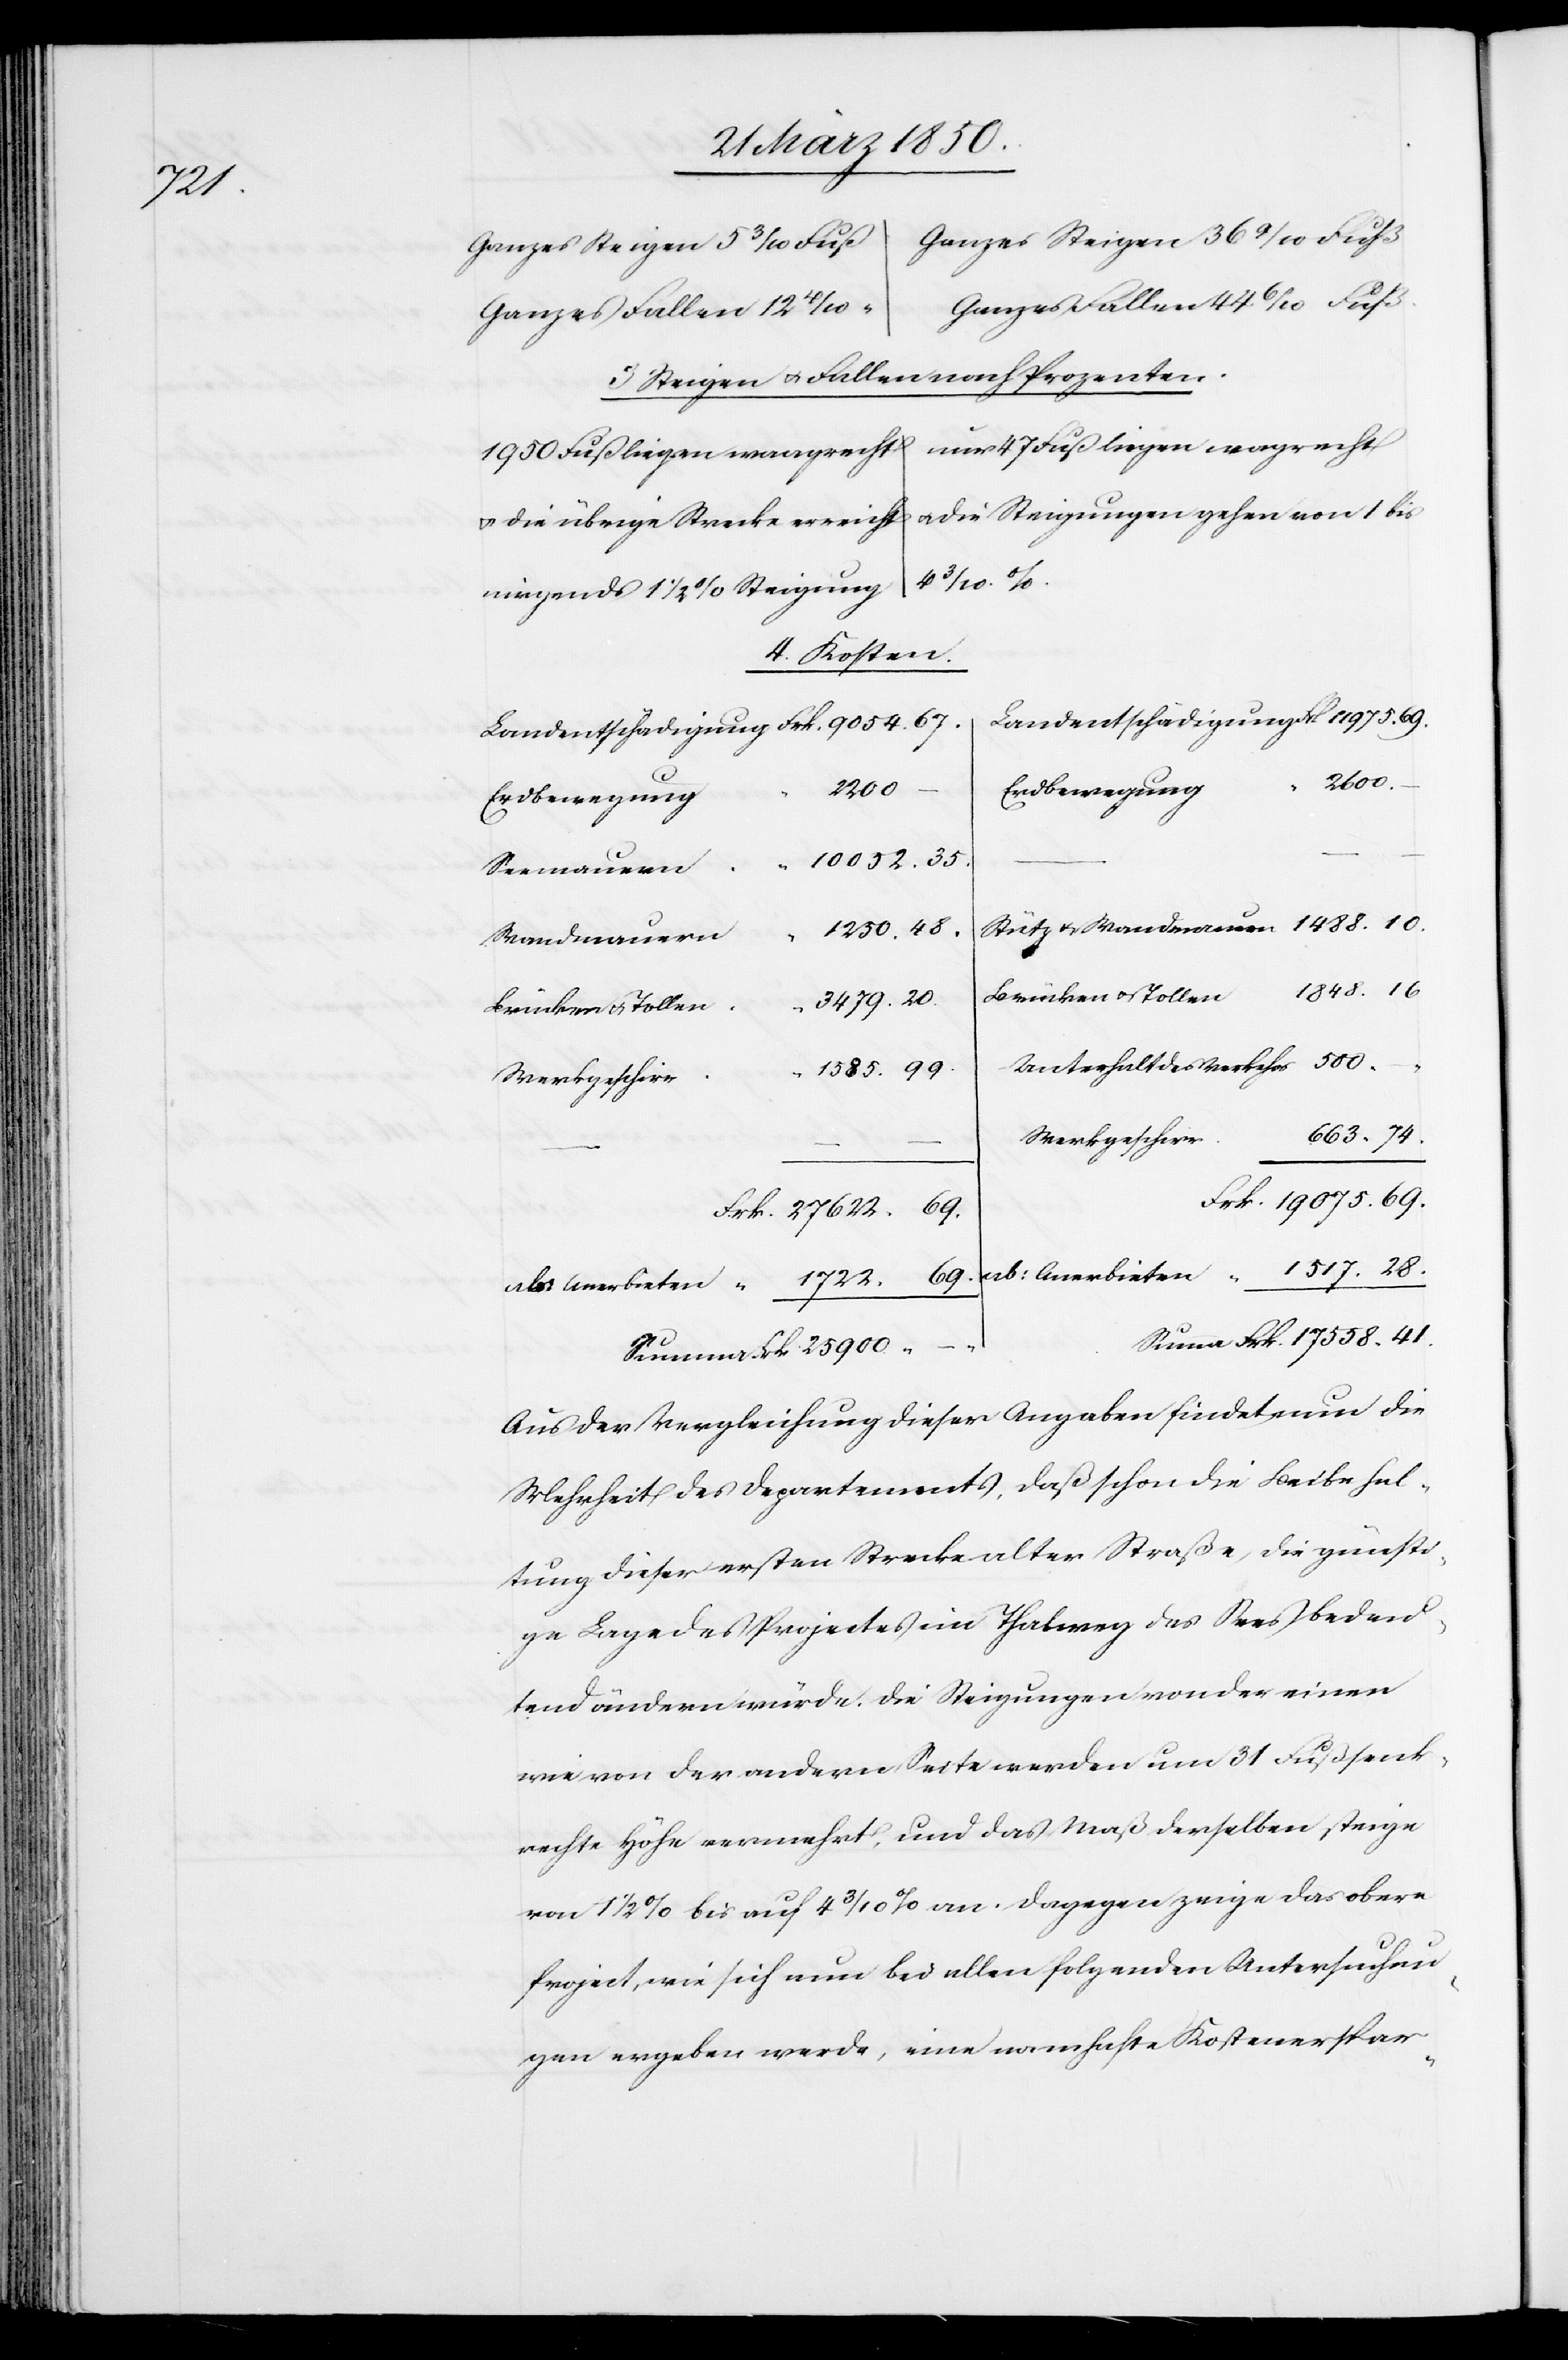
41.

Ganzes Fallen
3 Steigen u. Fallen nach Prozenten.
nur 47 Fuß liegen wagrecht
1950 Fuß liegen waagrecht
u. die Steigungen gehen von 1 bis
u. die übrige Strecke erreicht
Stütz u.
nirgends 1 1/2 % Steigung
4 Kosten.
2600.
17558.
Erdbewegung
Seemauern
Wandmauern
Brücken u. Tollen
3479.
Unterhalt des Verkehrs
Werkgeschirr
Aus der Vergleichung dieser Angaben findet nun die
Mehrheit des Departements, daß schon die Beibehal¬
tung dieser ersten Strecke alter Straße, die günsti¬
ge Lage des Projectes im Thalweg des Sees bedeu¬
tend ändern würde. Die Steigungen von der einen
wie von der andern Seite werden um 31 Fuß senk¬
rechte Höhe vermehrt, und das Maß derselben steige
von 1 1/2 % bis auf 4 3/10 % an. Dagegen zeige das obere
Project, wie sich nun bei allen folgenden Untersuchun¬
gen ergeben werde, eine namhafte Kostenerspar-